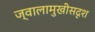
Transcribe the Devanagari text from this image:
ज्वालामुखीसदृश